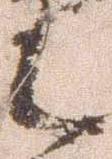
之